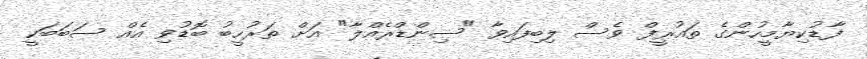
ފާޑުކިޔާމީހުންގެ ތައުރީފް ވެސް ލިބިފައިވާ "ސިންޑްރެއްލާ" އަށް ތަރުހީބު ބޮޑުވި އެއް ސަބަބަކީ